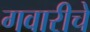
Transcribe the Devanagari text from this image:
गवारीचे